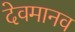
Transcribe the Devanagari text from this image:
देवमानव